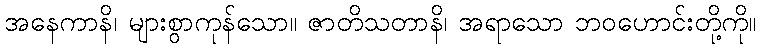
အနေကာနိ၊ များစွာကုန်သော။ ဇာတိသတာနိ၊ အရာသော ဘဝဟောင်းတို့ကို။